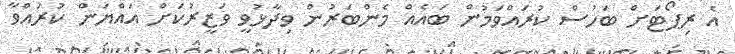
އެ ރިޕޯޓަށް ބަހުސް ކުރައްވަމުން ބައެއް މެންބަރުން ވިދާޅުވީ ވަޒީރުކަށް އައްޔަން ކުރައްވާ